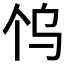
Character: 𱍼